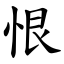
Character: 恨